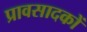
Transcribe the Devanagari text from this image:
प्रावसादकों